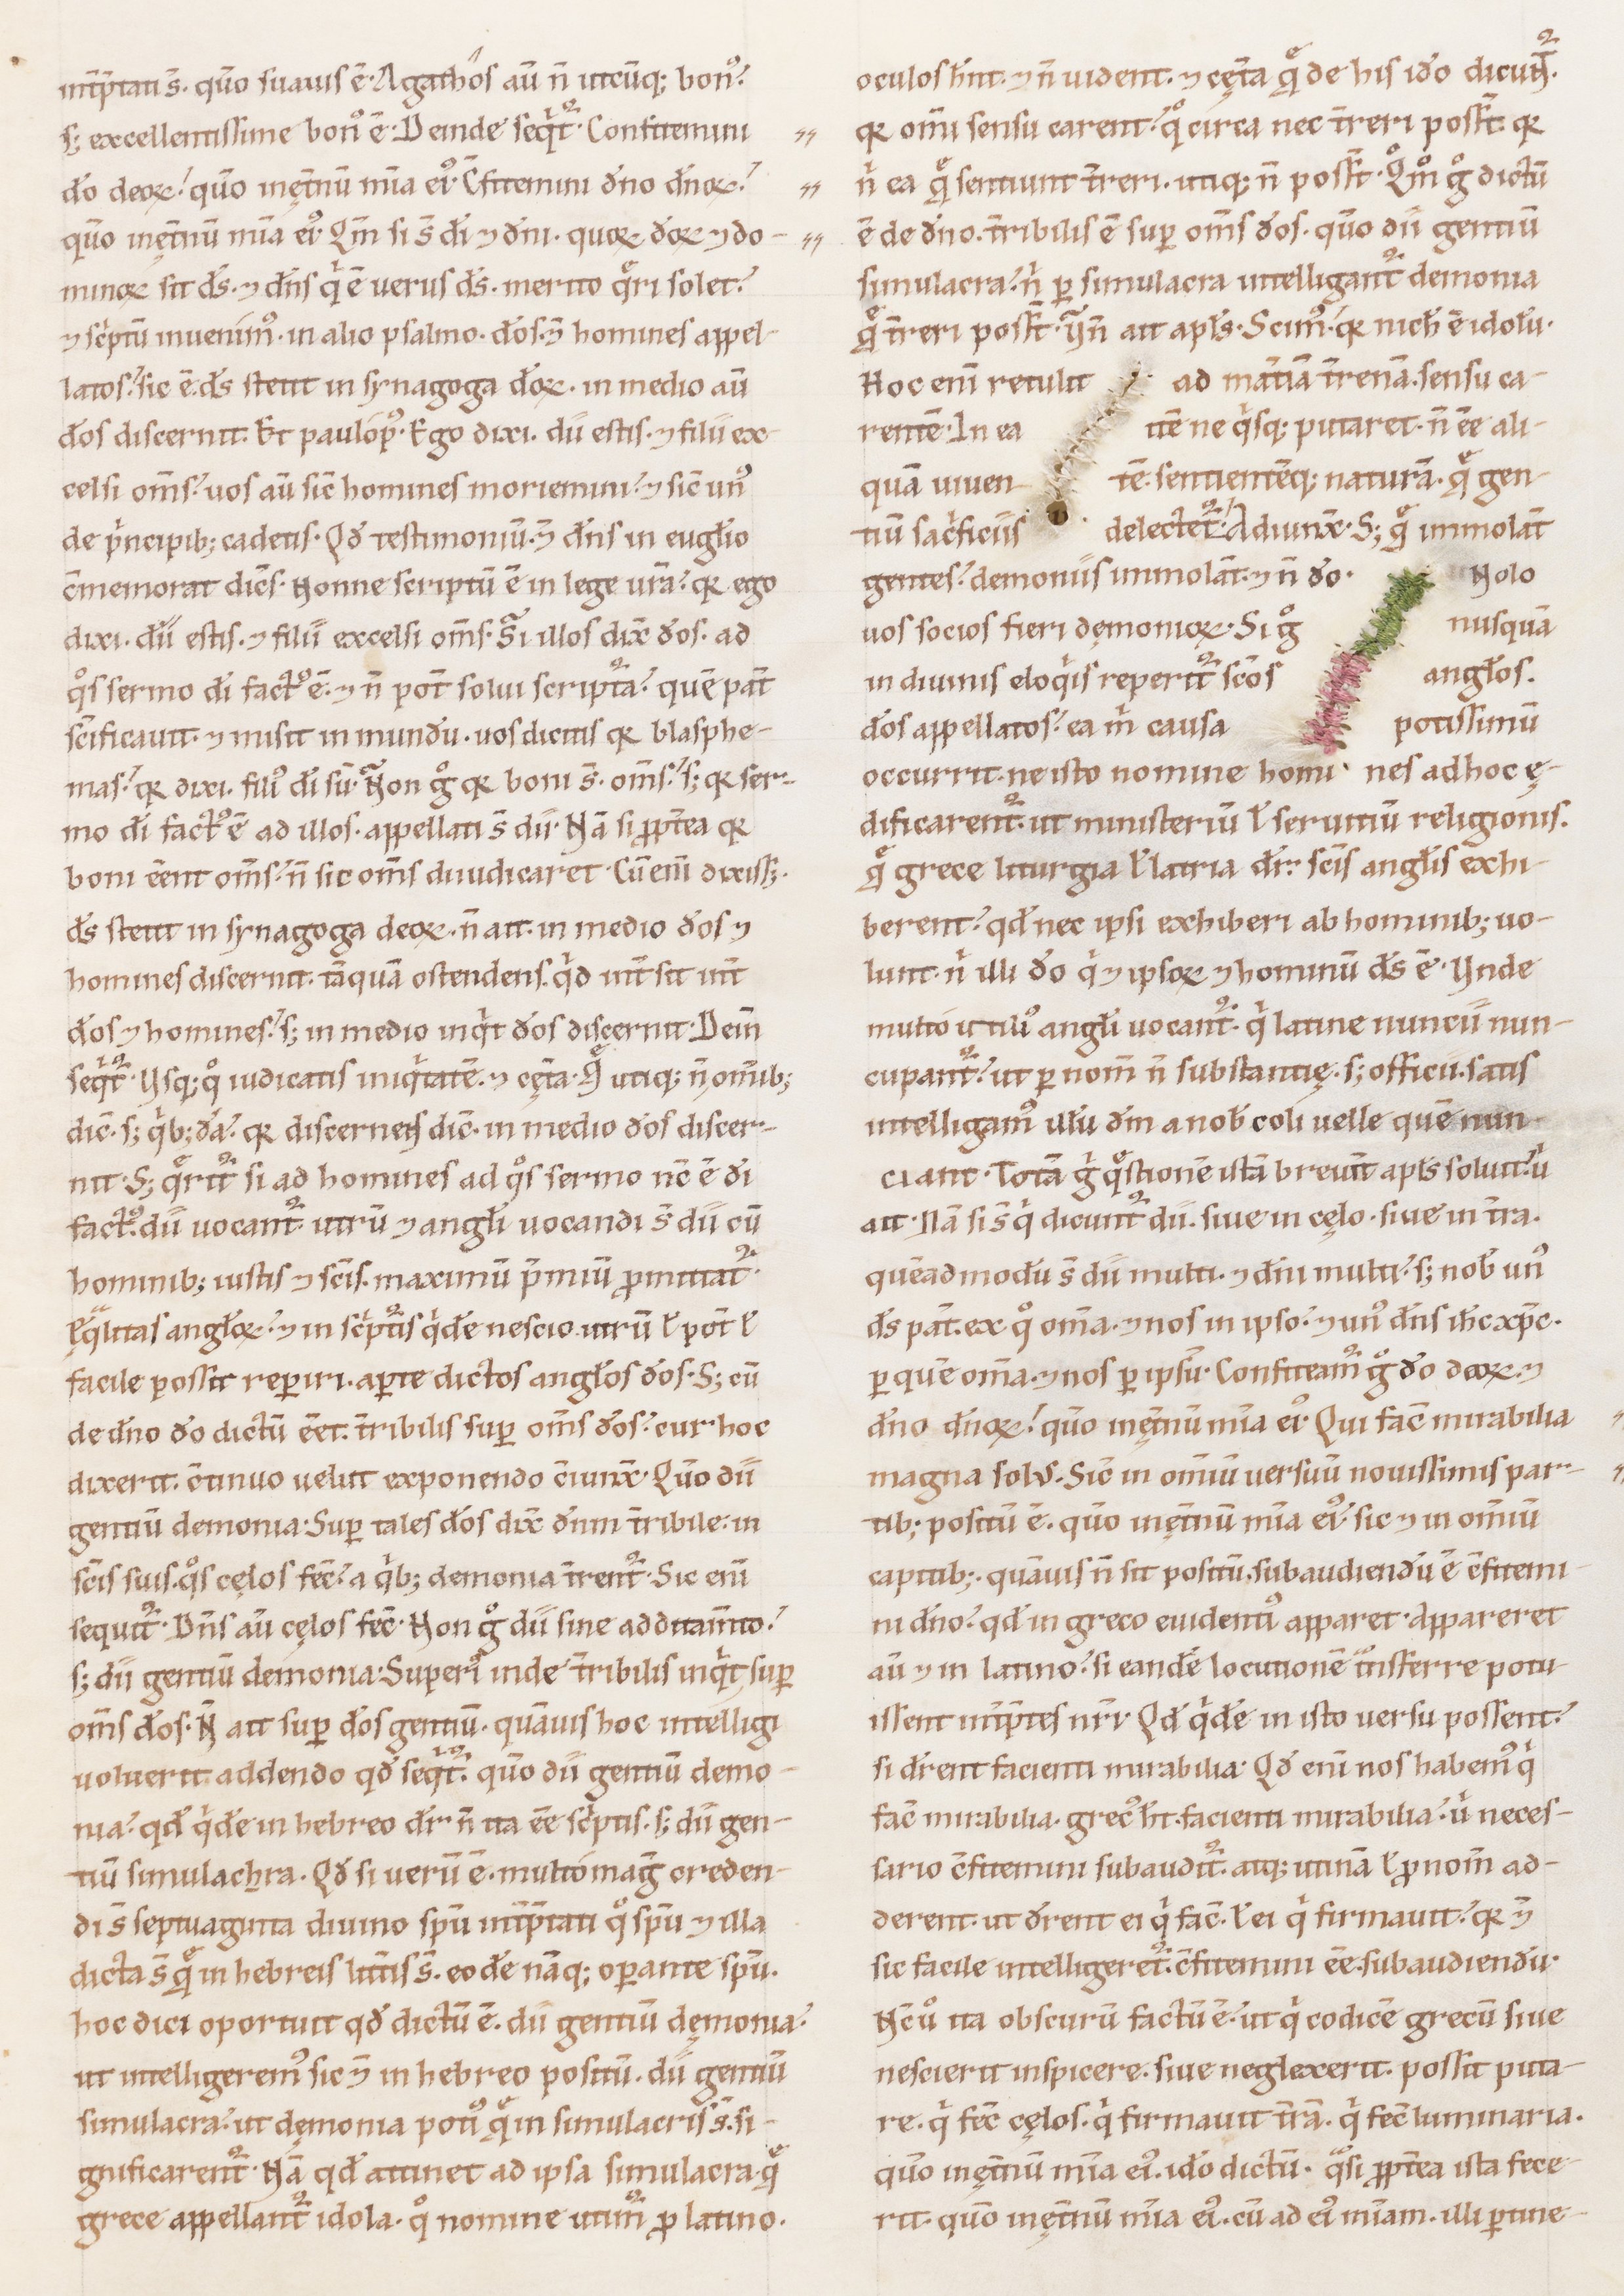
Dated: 1100–1199